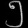
Digit: ၅